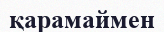
қарамаймен